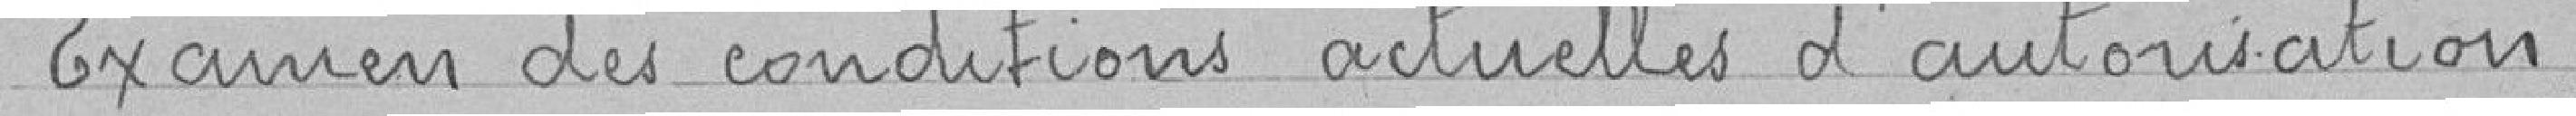
Examen des conditions actuelles d'autorisation